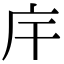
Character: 𢇛